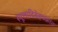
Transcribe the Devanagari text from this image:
स्थूलादिदेहचक्रांत